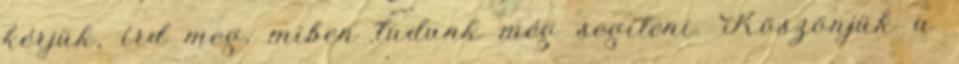
kérjük, írd meg, miben tudunk még segíteni. Köszönjük a